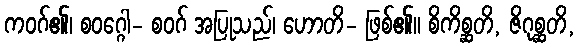
ကဝဂ်၏၊ စဝဂ္ဂေါ- စဝဂ် အပြုသည်၊ ဟောတိ- ဖြစ်၏။ စိကိစ္ဆတိ, ဇိဂုစ္ဆတိ,